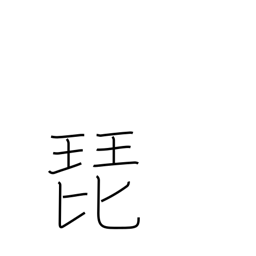
Meaning: glissando on strings